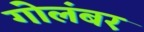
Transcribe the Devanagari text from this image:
गोलंबर